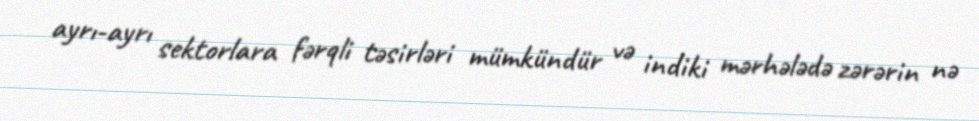
ayrı-ayrı sektorlara fərqli təsirləri mümkündür və indiki mərhələdə zərərin nə